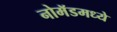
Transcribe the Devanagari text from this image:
नोमॅडमध्ये